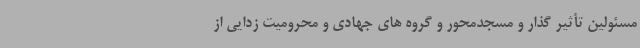
مسئولین تأثیر گذار و مسجدمحور و گروه های جهادی و محرومیت زدایی از